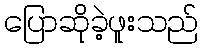
ပြောဆိုခဲ့ဖူးသည်